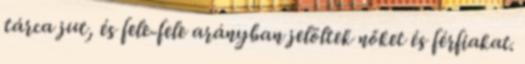
tárca jut, és fele-fele arányban jelöltek nőket és férfiakat.